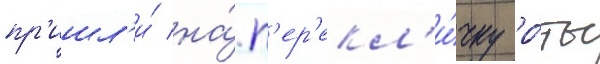
пр'ишл'и́ на́ п'ер'екл'и́чку ро́ты